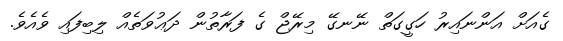
ގެއަށް އަންނައިރު ހަގީގަތް ނޭނގޭ މިރޭޖް ގެ ފަރާތުން ދަޢުވަތެއް ލިބިފައި ވެއެވެ.